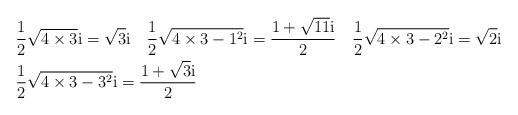
LaTeX: \begin{align*} &\frac{1}{2}\sqrt{4\times 3}{\rm{i}}=\sqrt{3}{\rm{i}}\quad\frac{1}{2}\sqrt{4\times 3-1^2}{\rm{i}}=\frac{1+\sqrt{11}{\rm{i}}}{2}\quad\frac{1}{2}\sqrt{4\times 3-2^2}{\rm{i}}=\sqrt{2}{\rm{i}}\\&\frac{1}{2}\sqrt{4\times 3-3^2}{\rm{i}}=\frac{1+\sqrt{3}{\rm{i}}}{2}\end{align*}